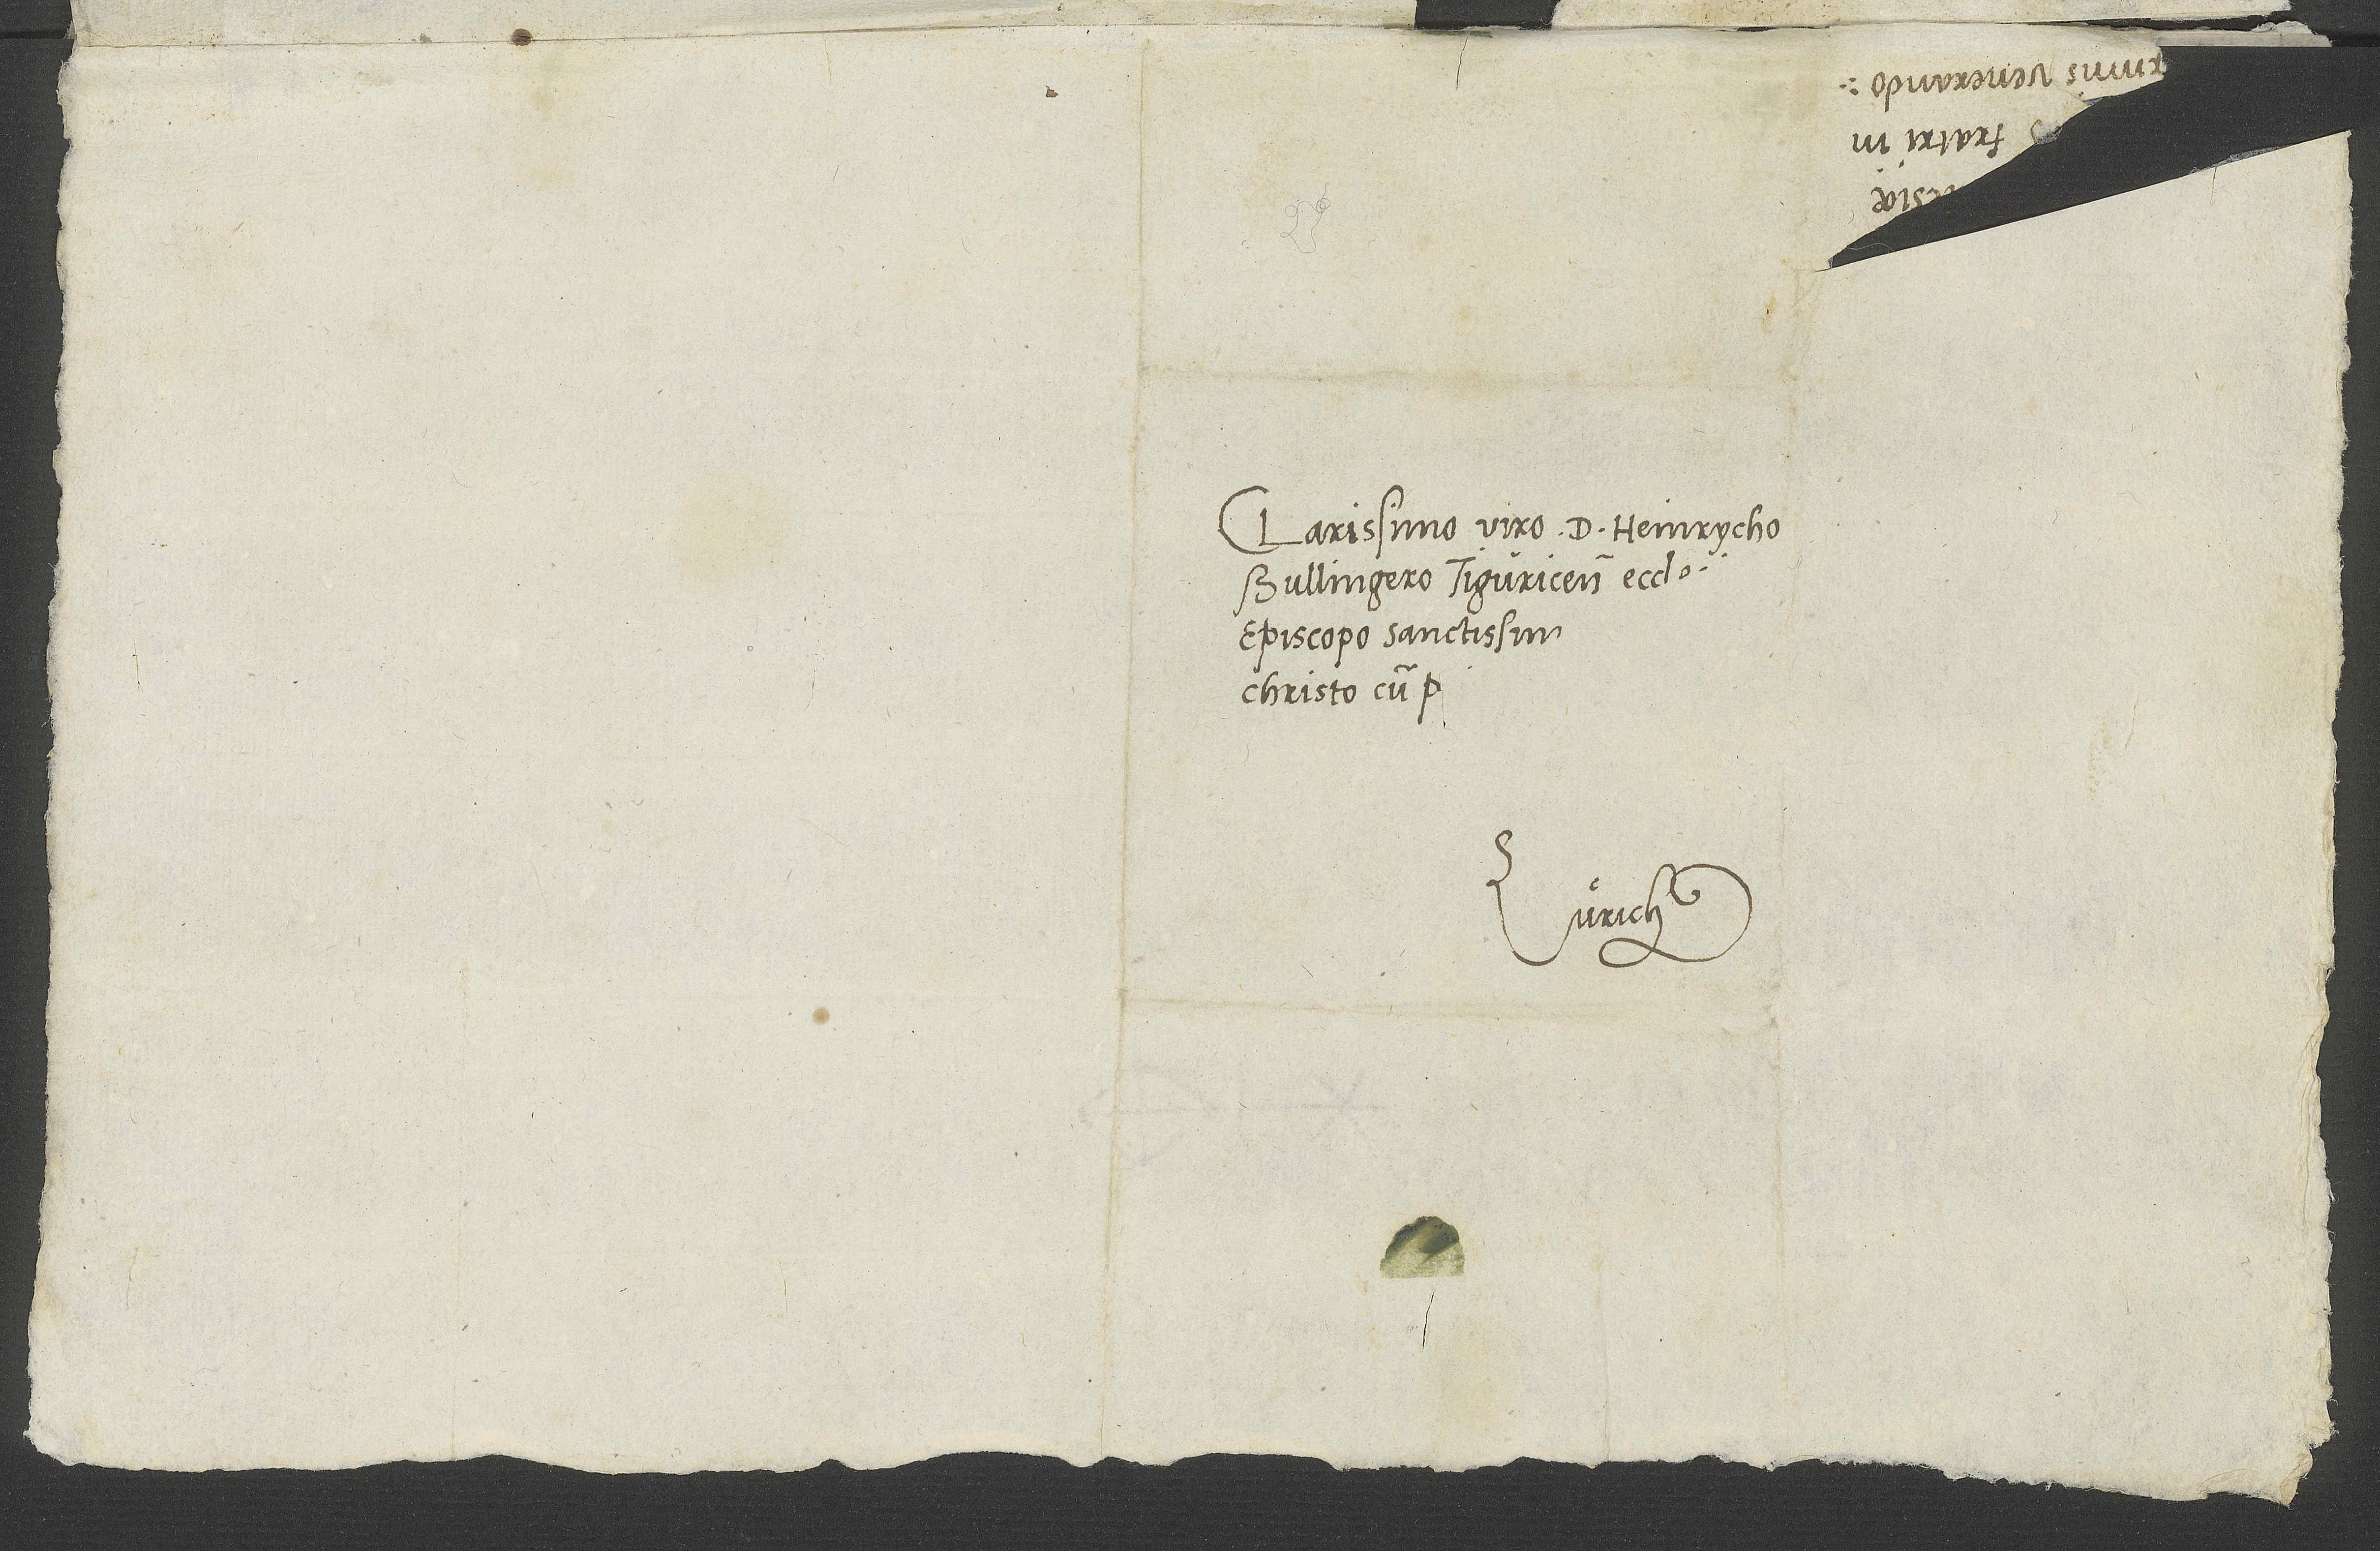
Clarissimo viro d. Heinrycho
Bullingero, Tiguricensis ecclesiae
episcopo sanctissimo,